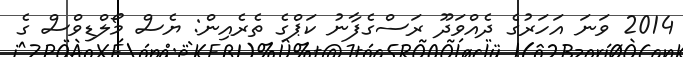
2014 ވަނަ އަހަރުގެ ދެއްވަދޫ ރަސްގެފާނު ކަޕްގެ ތެރެއިން: ޔެސް މޯލްޑިވްސް ގެ